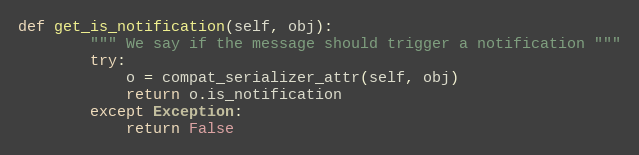
Language: Python
def get_is_notification(self, obj):
        """ We say if the message should trigger a notification """
        try:
            o = compat_serializer_attr(self, obj)
            return o.is_notification
        except Exception:
            return False